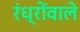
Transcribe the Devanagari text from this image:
रंध्रोंवाले